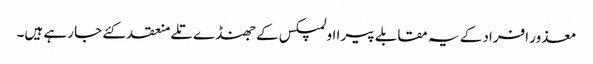
معذور افراد کے یہ مقابلے پیرا اولمپکس کے جھنڈے تلے منعقد کئے جا رہے ہیں۔